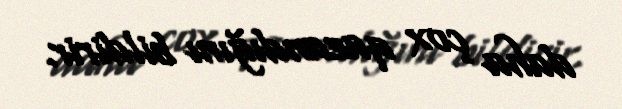
daha çox qazandığını bildirir.